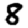
Digit: 8